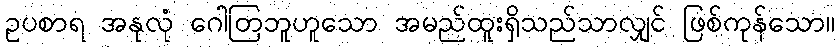
ဥပစာရ အနုလုံ ဂေါတြဘူဟူသော အမည်ထူးရှိသည်သာလျှင် ဖြစ်ကုန်သော။